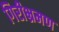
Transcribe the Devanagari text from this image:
गिरीभ्रमण